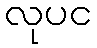
လုပင